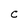
Character: C